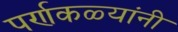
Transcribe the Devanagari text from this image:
पर्णकळ्यांनी